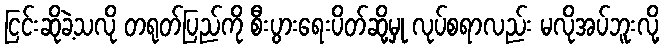
ငြင်းဆိုခဲ့သလို တရုတ်ပြည်ကို စီးပွားရေးပိတ်ဆို့မှု လုပ်စရာလည်း မလိုအပ်ဘူးလို့